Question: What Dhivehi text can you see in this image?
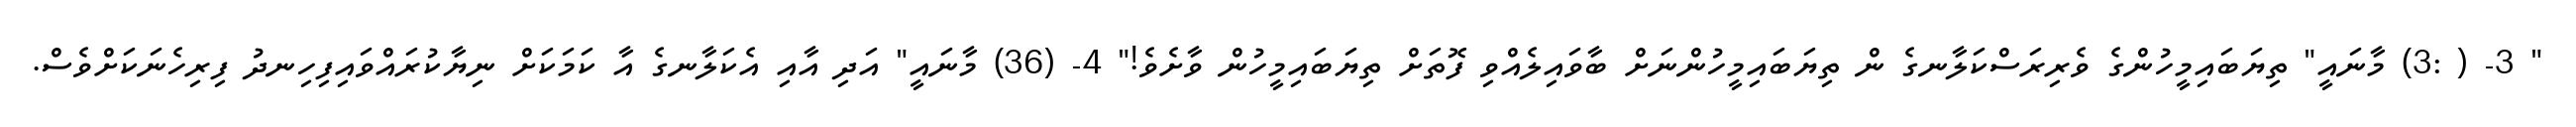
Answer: " 3- ( :3) މާނައީ" ތިޔަބައިމީހުންގެ ވެރިރަސްކަލާނގެ ން ތިޔަބައިމީހުންނަށް ބާވައިލެއްވި ފޮތަށް ތިޔަބައިމީހުން ވާށެވެ!" 4- (36) މާނައީ" އަދި އާއި އެކަލާނގެ އާ ކަމަކަށް ނިޔާކުރައްވައިފިހިނދު ފިރިހެނަކަށްވެސް.